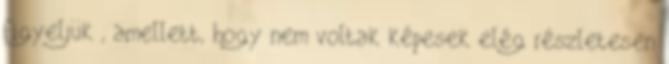
figyeljük , amellett, hogy nem voltak képesek elég részletesen